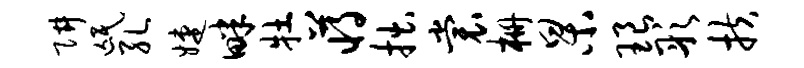
阱氓孔婕畔牡蒋拙裳栅杲琅彤扶